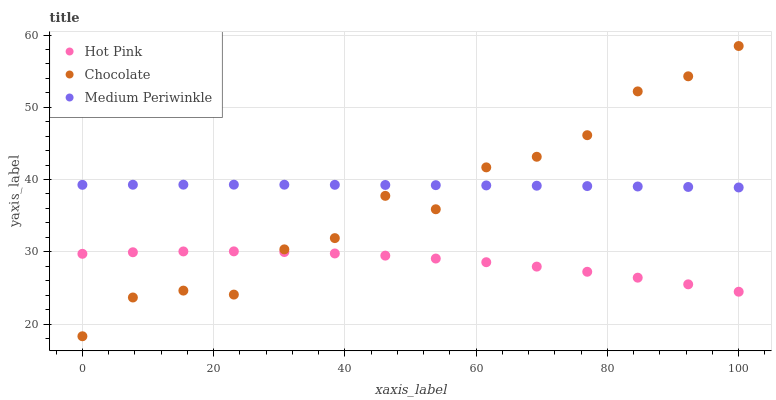
| xaxis_label | Hot Pink | Chocolate | Medium Periwinkle |
 | --- | --- | --- | --- |
 | 0 | 29.7 | 18.3 | 39.3 |
 | 7.69 | 29.9 | 23.7 | 39.3 |
 | 15.4 | 30.1 | 24.6 | 39.3 |
 | 23.1 | 30.1 | 24.1 | 39.3 |
 | 30.8 | 30 | 30.3 | 39.3 |
 | 38.5 | 29.8 | 31.9 | 39.3 |
 | 46.2 | 29.5 | 37.7 | 39.3 |
 | 53.8 | 29.1 | 35.9 | 39.2 |
 | 61.5 | 28.6 | 41.7 | 39.2 |
 | 69.2 | 28 | 43.2 | 39.1 |
 | 76.9 | 27.2 | 46.1 | 39.1 |
 | 84.6 | 26.4 | 52.2 | 39 |
 | 92.3 | 25.5 | 54.3 | 39 |
 | 100 | 24.5 | 58.5 | 38.9 |